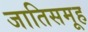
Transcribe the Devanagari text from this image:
जातिसमूह